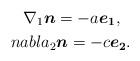
LaTeX: \begin{align*} \nabla_{1}\boldsymbol{n}=-a\boldsymbol{e_{1}},\ \ \\nabla_{2}\boldsymbol{n}=-c\boldsymbol{e_{2}}.\end{align*}